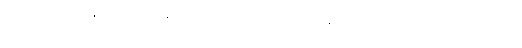
၆၁၆+ ၆၁၇+ နိဗ္ဗုတေ၊ ပရိနိဗ္ဗာန်ပြုသည်ရှိသော်။ သဒ္ဓမ္မော၊ သူတော်ကောင်းတရားသည်။